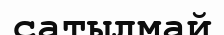
сатылмай